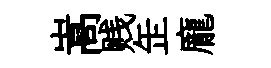
嵩贱𦈢龐